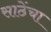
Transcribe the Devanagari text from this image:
साठेंचा